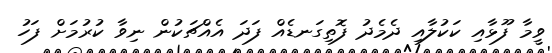
ވީމާ ފޫޅާއި ކަކުލާއި ދެމެދު ފޮތިގަނޑެއް ފަދަ އެއްޗަކުން ނިވާ ކުރުމަށް ފަހު